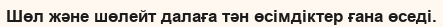
Шөл және шөлейт далаға тән өсімдіктер ғана өседі.